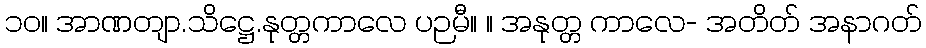
၁၀။ အာဏတျာ.သိဋ္ဌေ.နုတ္တကာလေ ပဉမီ။ ။ အနုတ္တ ကာလေ- အတိတ် အနာဂတ်